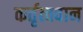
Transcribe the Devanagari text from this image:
कर्तृत्‍ववान